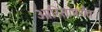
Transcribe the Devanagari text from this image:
ओरिसापर्यंत